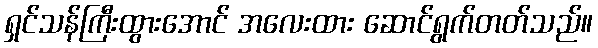
ရှင်သန်ကြီးထွားအောင် အလေးထား ဆောင်ရွက်တတ်သည်။